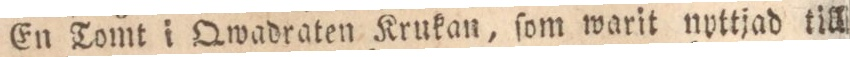
En Tomt i Qwadraten Krukan, ſom warit nyttjad till